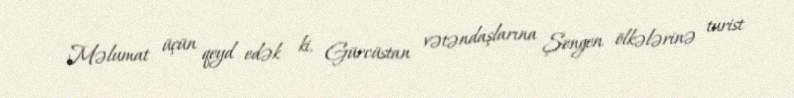
Məlumat üçün qeyd edək ki, Gürcüstan vətəndaşlarına Şengen ölkələrinə turist